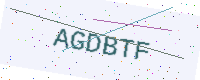
Text: AGDBTF